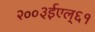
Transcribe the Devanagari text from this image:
२००३ईएल्‌६१